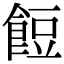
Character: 餖